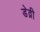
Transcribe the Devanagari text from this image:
डेव्री